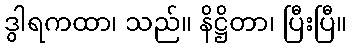
ဒွါရကထာ၊ သည်။ နိဋ္ဌိတာ၊ ပြီးပြီ။